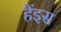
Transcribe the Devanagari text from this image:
हैंइस